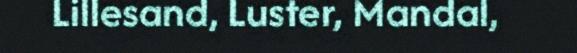
Lillesand, Luster, Mandal,